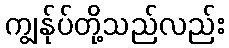
ကျွန်ုပ်တို့သည်လည်း